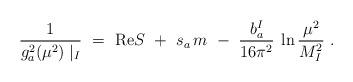
LaTeX: \begin{align*}\frac{1}{g^2_a (\mu^2) \mid_I}\ =\ \mbox{Re} S\ +\ s_a\, m\ -\ \frac{b^I_a}{16 \pi^2}\: \ln \frac{\mu^2}{M^2_I}\ .\end{align*}